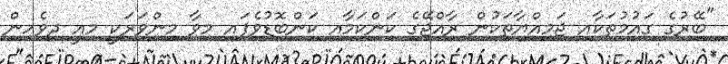
"ބޭރުގެ ގައުމުތަކާއި ޖަމިއްޔާތަކުން ރާއްޖޭގެ ކަންކަމާއި ކަންބޮޑުވެފައި މިވާ މިންވަރަކީ މިއީ ދިވެހިން